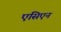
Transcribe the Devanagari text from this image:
एसिएन